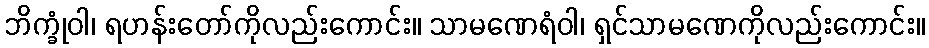
ဘိက္ခုံဝါ၊ ရဟန်းတော်ကိုလည်းကောင်း။ သာမဏေရံဝါ၊ ရှင်သာမဏေကိုလည်းကောင်း။